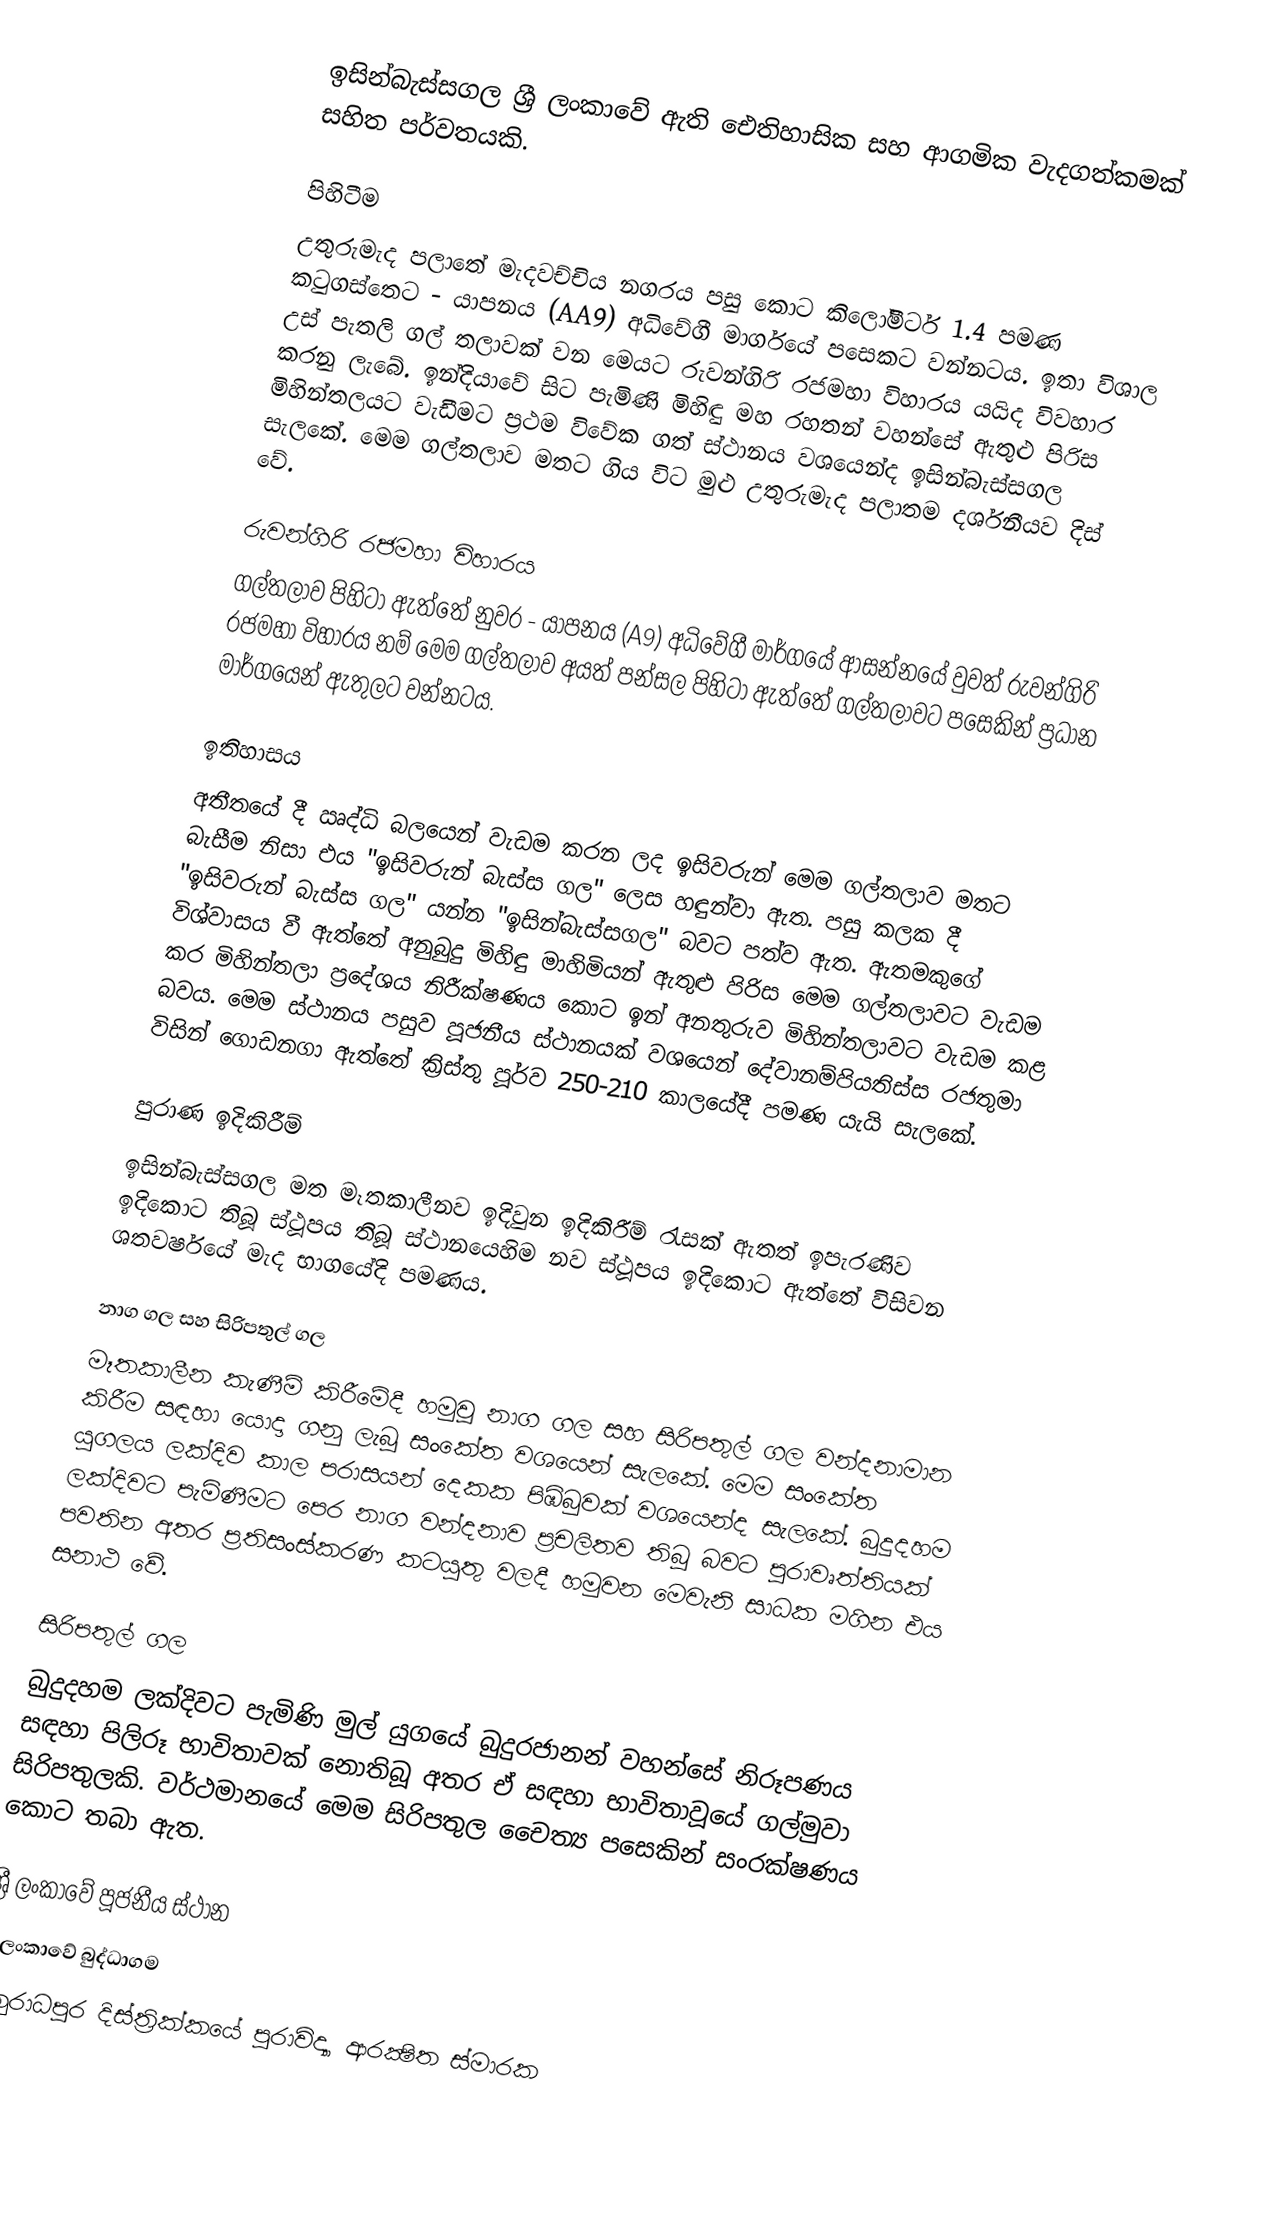
ඉසින්බැස්සගල ශ්‍රී ලංකාවේ ඇති ඓතිහාසික සහ ආගමික වැදගත්කමක් සහිත පර්වතයකි.

පිහිටීම
උතුරුමැද පලාතේ මැදවච්චිය  නගරය පසු කොට කිලෝමීටර් 1.4 පමණ කටුගස්තෙට - යාපනය (AA9) අධිවේගී මාර්ගයේ පසෙකට වන්නටය. ඉතා විශාල උස් පැතලි ගල් තලාවක් වන මෙයට රුවන්ගිරි රජමහා විහාරය යයිද විවහාර කරනු ලැබේ. ඉන්දියාවේ සිට පැමිණි මිහිඳු මහ රහතන් වහන්සේ ඇතුළු පිරිස මිහින්තලයට වැඩීමට ප්‍රථම විවේක ගත් ස්ථානය වශයෙන්ද ඉසින්බැස්සගල සැලකේ. මෙම ගල්තලාව මතට ගිය විට මුළු උතුරුමැද පලාතම දර්ශනීයව දිස් වේ.

රුවන්ගිරි රජමහා විහාරය
ගල්තලාව පිහිටා ඇත්තේ නුවර - යාපනය (A9) අධිවේගී මාර්ගයේ ආසන්නයේ වුවත් රුවන්ගිරි රජමහා විහාරය නම් මෙම ගල්තලාව අයත් පන්සල පිහිටා ඇත්තේ ගල්තලාවට පසෙකින් ප්‍රධාන මාර්ගයෙන් ඇතුලට වන්නටය.

ඉතිහාසය
අතීතයේ දී ඍද්ධි  බලයෙන් වැඩම කරන ලද ඉසිවරුන් මෙම ගල්තලාව මතට බැසීම නිසා එය "ඉසිවරුන් බැස්ස ගල" ලෙස හඳුන්වා ඇත. පසු කලක දී "ඉසිවරුන් බැස්ස ගල"  යන්න "ඉසින්බැස්සගල" බවට පත්ව ඇත. ඇතමකුගේ විශ්වාසය වී ඇත්තේ  අනුබුදු මිහිඳු මාහිමියන් ඇතුළු පිරිස මෙම ගල්තලාවට වැඩම කර මිහින්තලා ප්‍රදේශය නිරීක්ෂණය කොට ඉන් අනතුරුව මිහින්තලාවට වැඩම කළ බවය. මෙම ස්ථානය පසුව පූජනීය ස්ථානයක් වශයෙන් දේවානම්පියතිස්ස රජතුමා විසින් ගොඩනගා ඇත්තේ ක්‍රිස්තු පූර්ව 250-210 කාලයේදී පමණ යැයි සැලකේ.

පුරාණ ඉදිකිරීම්
ඉසින්බැස්සගල මත මෑතකාලීනව ඉදිවුන ඉදිකිරීම් රැසක් ඇතත් ඉපැරණිව ඉදිකොට තිබූ ස්ථූපය තිබූ ස්ථානයෙහිම නව ස්ථූපය ඉදිකොට ඇත්තේ විසිවන ශතවර්ෂයේ මැද භාගයේදි පමණය.

නාග ගල සහ සිරිපතුල් ගල
මෑතකාලීන කැණීම් කිරීමේදී හමුවූ නාග ගල සහ සිරිපතුල් ගල වන්දනාමාන කිරීම සඳහා යොදා ගනු ලැබූ සංකේත වශයෙන් සැලකේ. මෙම සංකේත යුගලය ලක්දිව කාල පරාසයන් දෙකක පිඹිබුවක් වශයෙන්ද සැලකේ. බුදුදහම ලක්දිවට පැමිණීමට පෙර නාග වන්දනාව ප්‍රචලිතව තිබූ බවට පුරාවෘත්තියක් පවතින අතර ප්‍රතිසංස්කරණ කටයුතු වලදී හමුවන මෙවැනි සාධක මගින එය සනාථ වේ.

සිරිපතුල් ගල
බුදුදහම ලක්දිවට පැමිණි මුල් යුගයේ බුදුරජානන් වහන්සේ නිරූපණය සඳහා පිලිරූ භාවිතාවක් නොතිබූ අතර ඒ සඳහා භාවිතාවූයේ ගල්මුවා සිරිපතුලකි. වර්ථමානයේ මෙම සිරිපතුල චෛත්‍ය පසෙකින් සංරක්ෂණය කොට තබා ඇත.

ශ්‍රී ලංකාවේ පූජනීය ස්ථාන
ශ්‍රී ලංකාවේ බුද්ධාගම
අනුරාධපුර දිස්ත්‍රික්කයේ පුරාවිද්‍යා ආරක්‍ෂිත ස්මාරක‎